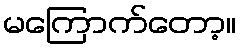
မကြောက်တော့။